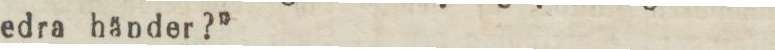
edra händer?”